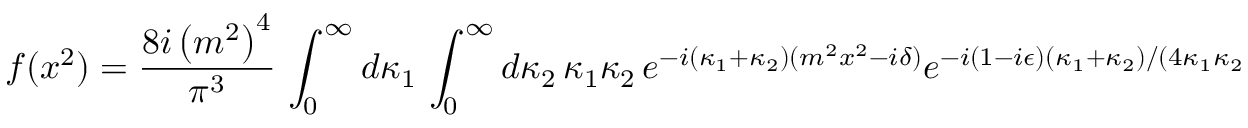
f ( x ^ { 2 } ) = { \frac { 8 i \left( m ^ { 2 } \right) ^ { 4 } } { \pi ^ { 3 } } } \, \int _ { 0 } ^ { \infty } d \kappa _ { 1 } \, \int _ { 0 } ^ { \infty } d \kappa _ { 2 } \, \kappa _ { 1 } \kappa _ { 2 } \, e ^ { - i ( \kappa _ { 1 } + \kappa _ { 2 } ) ( m ^ { 2 } x ^ { 2 } - i \delta ) } e ^ { - i ( 1 - i \epsilon ) ( \kappa _ { 1 } + \kappa _ { 2 } ) / ( 4 \kappa _ { 1 } \kappa _ { 2 } ) } .